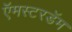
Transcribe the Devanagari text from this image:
ऍमस्टरडॅम